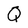
Character: Q